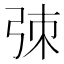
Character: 𫸮